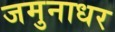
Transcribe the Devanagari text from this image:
जमुनाधर